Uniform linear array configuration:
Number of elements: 4
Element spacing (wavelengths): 0.5
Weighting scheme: uniform
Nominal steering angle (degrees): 15
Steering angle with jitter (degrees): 14.683
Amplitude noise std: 0.05
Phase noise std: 0.05

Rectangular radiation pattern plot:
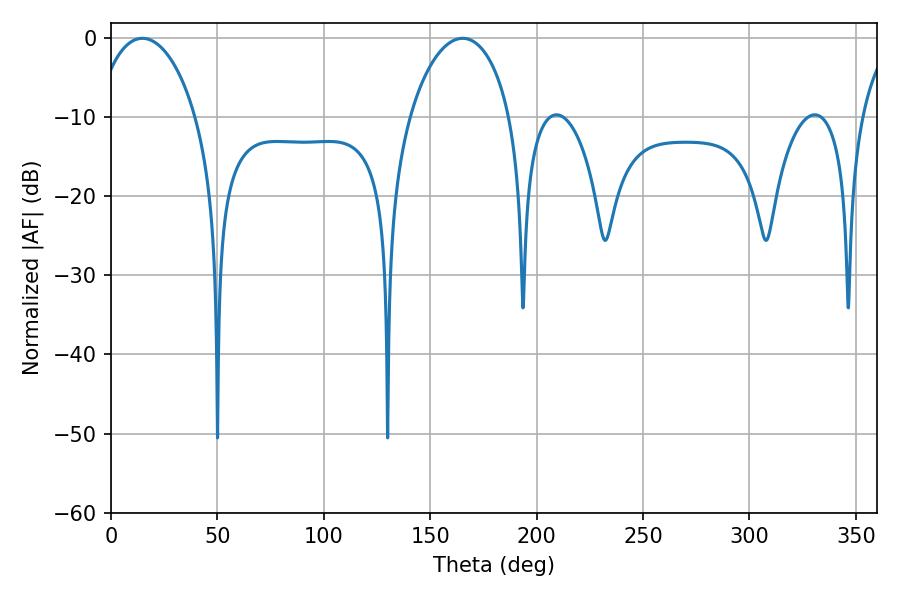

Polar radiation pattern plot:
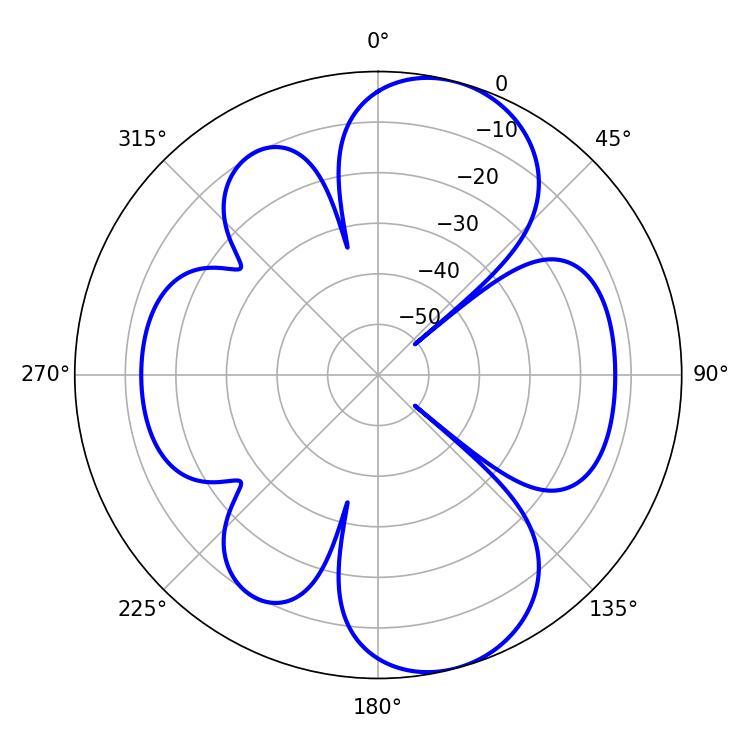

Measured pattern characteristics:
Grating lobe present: FALSE
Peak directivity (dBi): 9.368
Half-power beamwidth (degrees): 27.18
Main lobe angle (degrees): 14.76